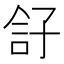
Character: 𡥫